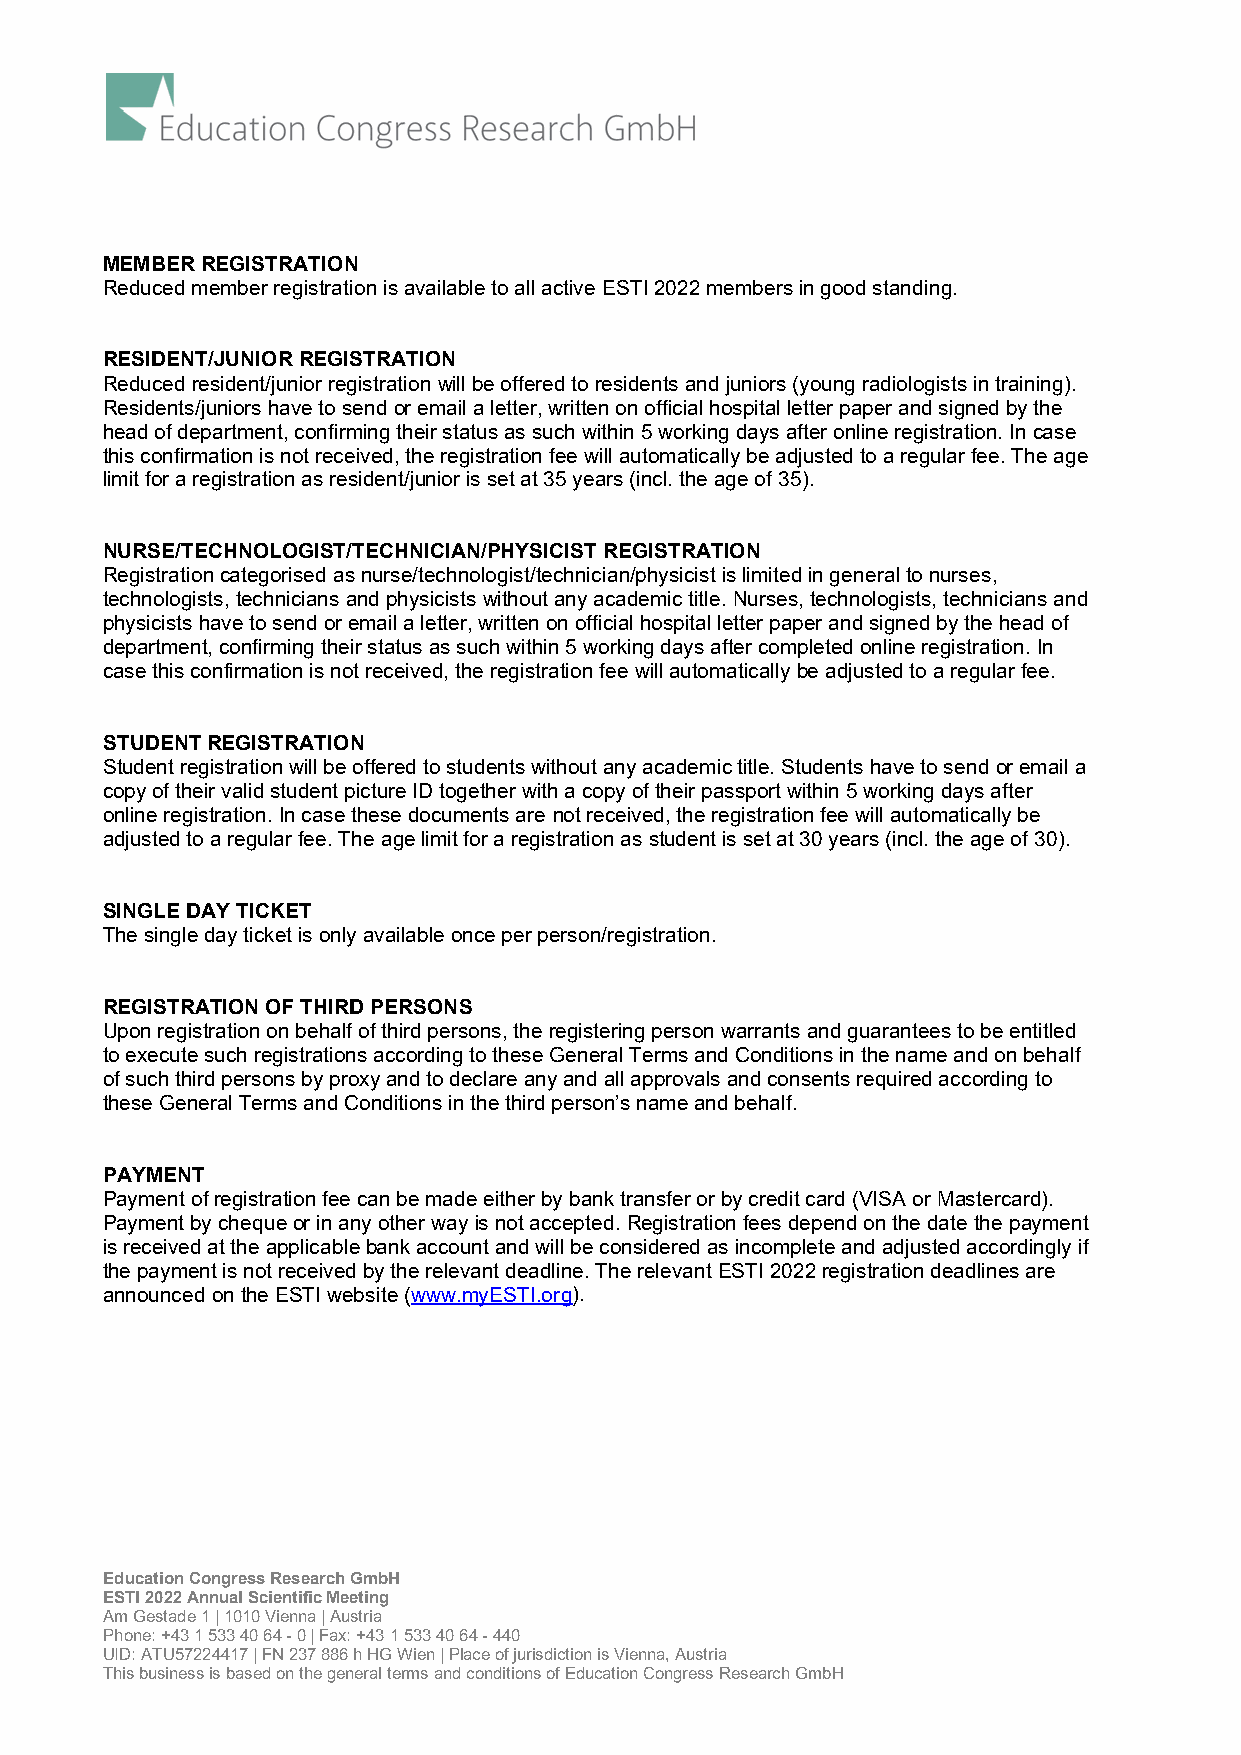
MEMBER REGISTRATION
 Reduced member registration is available to all active ESTI 2022 members in good standing.
 RESIDENT/JUNIOR REGISTRATION
 Reduced resident/junior registration will be offered to residents and juniors (young radiologists in training).
 Residents/juniors have to send or email a letter, written on official hospital letter paper and signed by the
 head of department, confirming their status as such within 5 working days after online registration. In case
 this confirmation is not received, the registration fee will automatically be adjusted to a regular fee. The age
 limit for a registration as resident/junior is set at 35 years (incl. the age of 35).
 NURSE/TECHNOLOGIST/TECHNICIAN/PHYSICIST REGISTRATION
 Registration categorised as nurse/technologist/technician/physicist is limited in general to nurses,
 technologists, technicians and physicists without any academic title. Nurses, technologists, technicians and
 physicists have to send or email a letter, written on official hospital letter paper and signed by the head of
 department, confirming their status as such within 5 working days after completed online registration. In
 case this confirmation is not received, the registration fee will automatically be adjusted to a regular fee.
 STUDENT REGISTRATION
 Student registration will be offered to students without any academic title. Students have to send or email a
 copy of their valid student picture ID together with a copy of their passport within 5 working days after
 online registration. In case these documents are not received, the registration fee will automatically be
 adjusted to a regular fee. The age limit for a registration as student is set at 30 years (incl. the age of 30).
 SINGLE DAY TICKET
 The single day ticket is only available once per person/registration.
 REGISTRATION OF THIRD PERSONS
 Upon registration on behalf of third persons, the registering person warrants and guarantees to be entitled
 to execute such registrations according to these General Terms and Conditions in the name and on behalf
 of such third persons by proxy and to declare any and all approvals and consents required according to
 these General Terms and Conditions in the third person’s name and behalf.
 PAYMENT
 Payment of registration fee can be made either by bank transfer or by credit card (VISA or Mastercard).
 Payment by cheque or in any other way is not accepted. Registration fees depend on the date the payment
 is received at the applicable bank account and will be considered as incomplete and adjusted accordingly if
 the payment is not received by the relevant deadline. The relevant ESTI 2022 registration deadlines are
 announced on the ESTI website (www.myESTI.org).
 Education Congress Research GmbH
 ESTI 2022 Annual Scientific Meeting
 Am Gestade 1 | 1010 Vienna | Austria
 Phone: +43 1 533 40 64 - 0 | Fax: +43 1 533 40 64 - 440
 UID: ATU57224417 | FN 237 886 h HG Wien | Place of jurisdiction is Vienna, Austria
 This business is based on the general terms and conditions of Education Congress Research GmbH